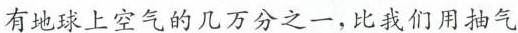
有地球上空气的几万分之一，比我们用抽气